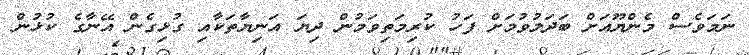
ނަމަވެސް މެންޔޫއަށް ބަދަލުވުމަށް ފަހު ކުރިމަތިވަމުން ދިޔަ އަނިޔާތަކާއި ގުޅިގެން އޭނާގެ ކުޅުން